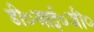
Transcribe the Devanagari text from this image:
डी०आई०जी०